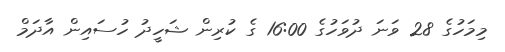
މިމަހުގެ 28 ވަނަ ދުވަހުގެ 16:00 ގެ ކުރިން ޝަހީދު ހުސައިން އާދަމް